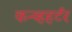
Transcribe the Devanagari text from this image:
कन्व्हहर्टर